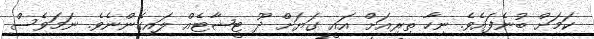
ކަމަށް ބުނެފައެވެ. ނިހާ ތިރިއަށް އައީ ގަޔަށް ދޫ ޓީޝާޓެއް ލައިގެންނެވެ. ނަމަވެސް